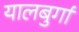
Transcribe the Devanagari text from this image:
यालबुर्गा